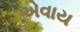
એવાય